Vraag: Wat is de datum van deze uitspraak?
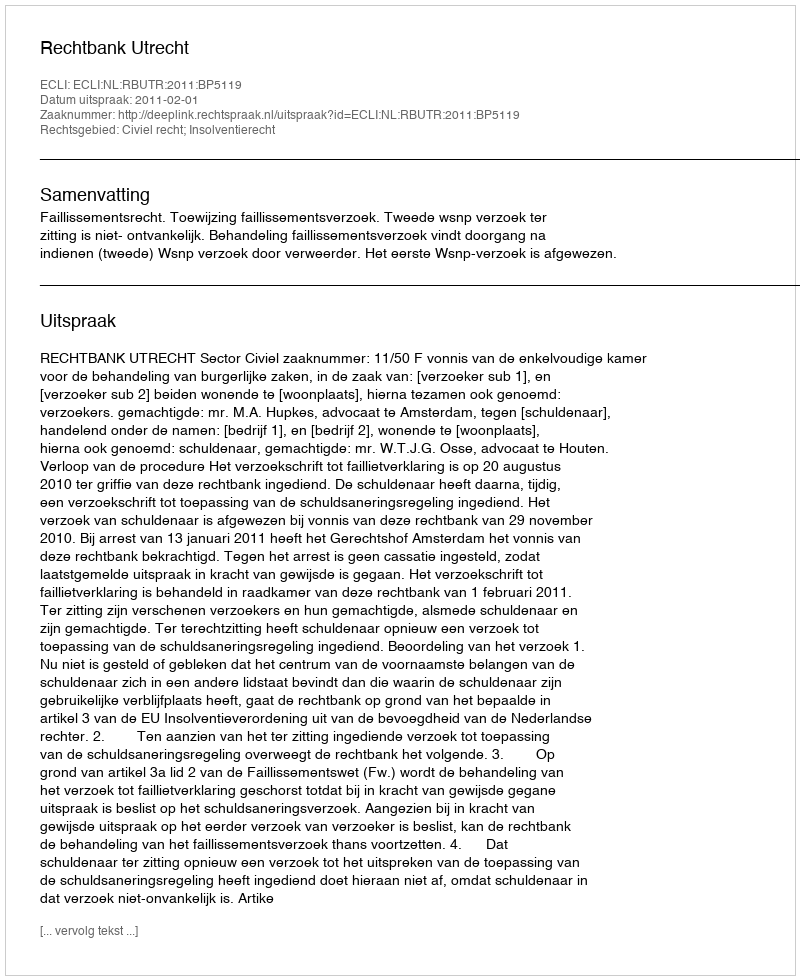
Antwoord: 2011-02-01